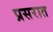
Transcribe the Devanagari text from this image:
प्रसरात